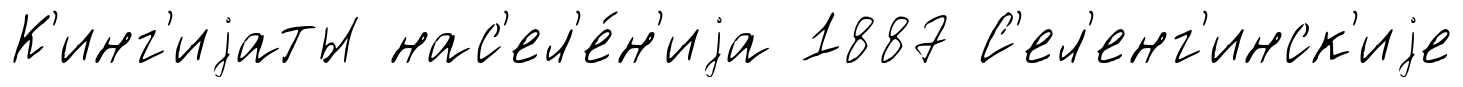
К'инг'иjаты нас'ел'е́н'иjа 1887 С'ел'енг'инск'иjе